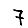
Digit: 7